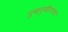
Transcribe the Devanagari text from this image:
गुबगुबीतपणा